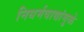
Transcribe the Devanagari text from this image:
निधर्मवाद्यांमुळे